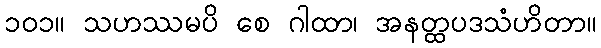
၁၀၁။ သဟဿမပိ စေ ဂါထာ၊ အနတ္ထပဒသံဟိတာ။